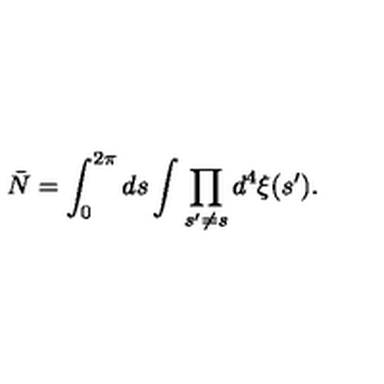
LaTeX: { \bar { N } } = \int _ { 0 } ^ { 2 \pi } d s \int \prod _ { s ^ { \prime } \neq s } d ^ { 4 } \xi ( s ^ { \prime } ) .